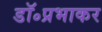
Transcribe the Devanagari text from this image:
डॉ॰प्रभाकर